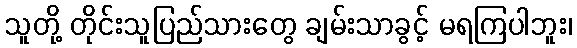
သူတို့ တိုင်းသူပြည်သားတွေ ချမ်းသာခွင့် မရကြပါဘူး၊